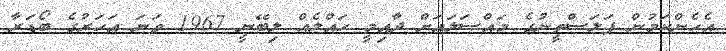
އެހެންކަމުން ފަލަސްތީނުގެ މައްސަލައަށް ދާއިމީ ހައްލެއް ލިބޭނީ 1967 ވަނަ އަހަރުގެ ބޯޑަރާ